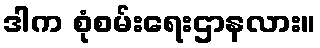
ဒါက စုံစမ်းရေးဌာနလား။